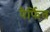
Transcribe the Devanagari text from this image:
पैर्फित